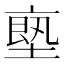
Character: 𠅴